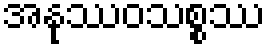
အနုဿဝသစ္စဿ